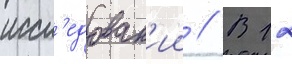
иссл'едован'ии // В 12